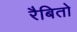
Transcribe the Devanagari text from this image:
रैबितो